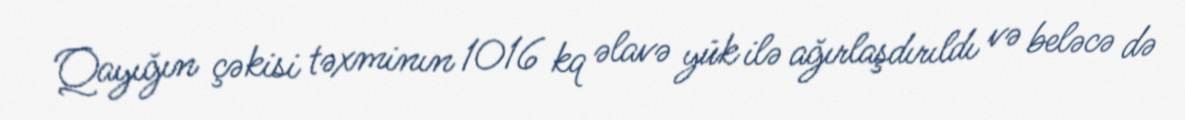
Qayığın çəkisi təxminın 1016 kq əlavə yük ilə ağırlaşdırıldı və beləcə də